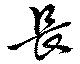
長